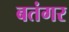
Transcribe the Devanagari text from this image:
बतंगर